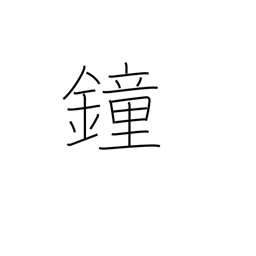
Meaning: gong